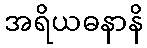
အရိယဓနာနိ